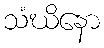
သံဃိနော